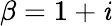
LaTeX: \beta=1+\mathit{i}